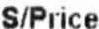
S/PRICE